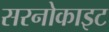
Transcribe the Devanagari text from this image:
सरनोकाइट